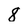
Character: 8